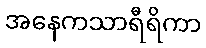
အနေကသာရီရိကာ